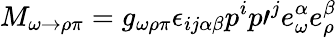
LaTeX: M_{\omega\rightarrow\rho\pi}=g_{\omega\rho\pi}{\epsilon}_{ij\alpha\beta}p^{i}p\prime^{j}e_{\omega}^{\alpha}e_{\rho}^{\beta}